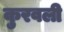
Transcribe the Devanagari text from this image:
कुरवली